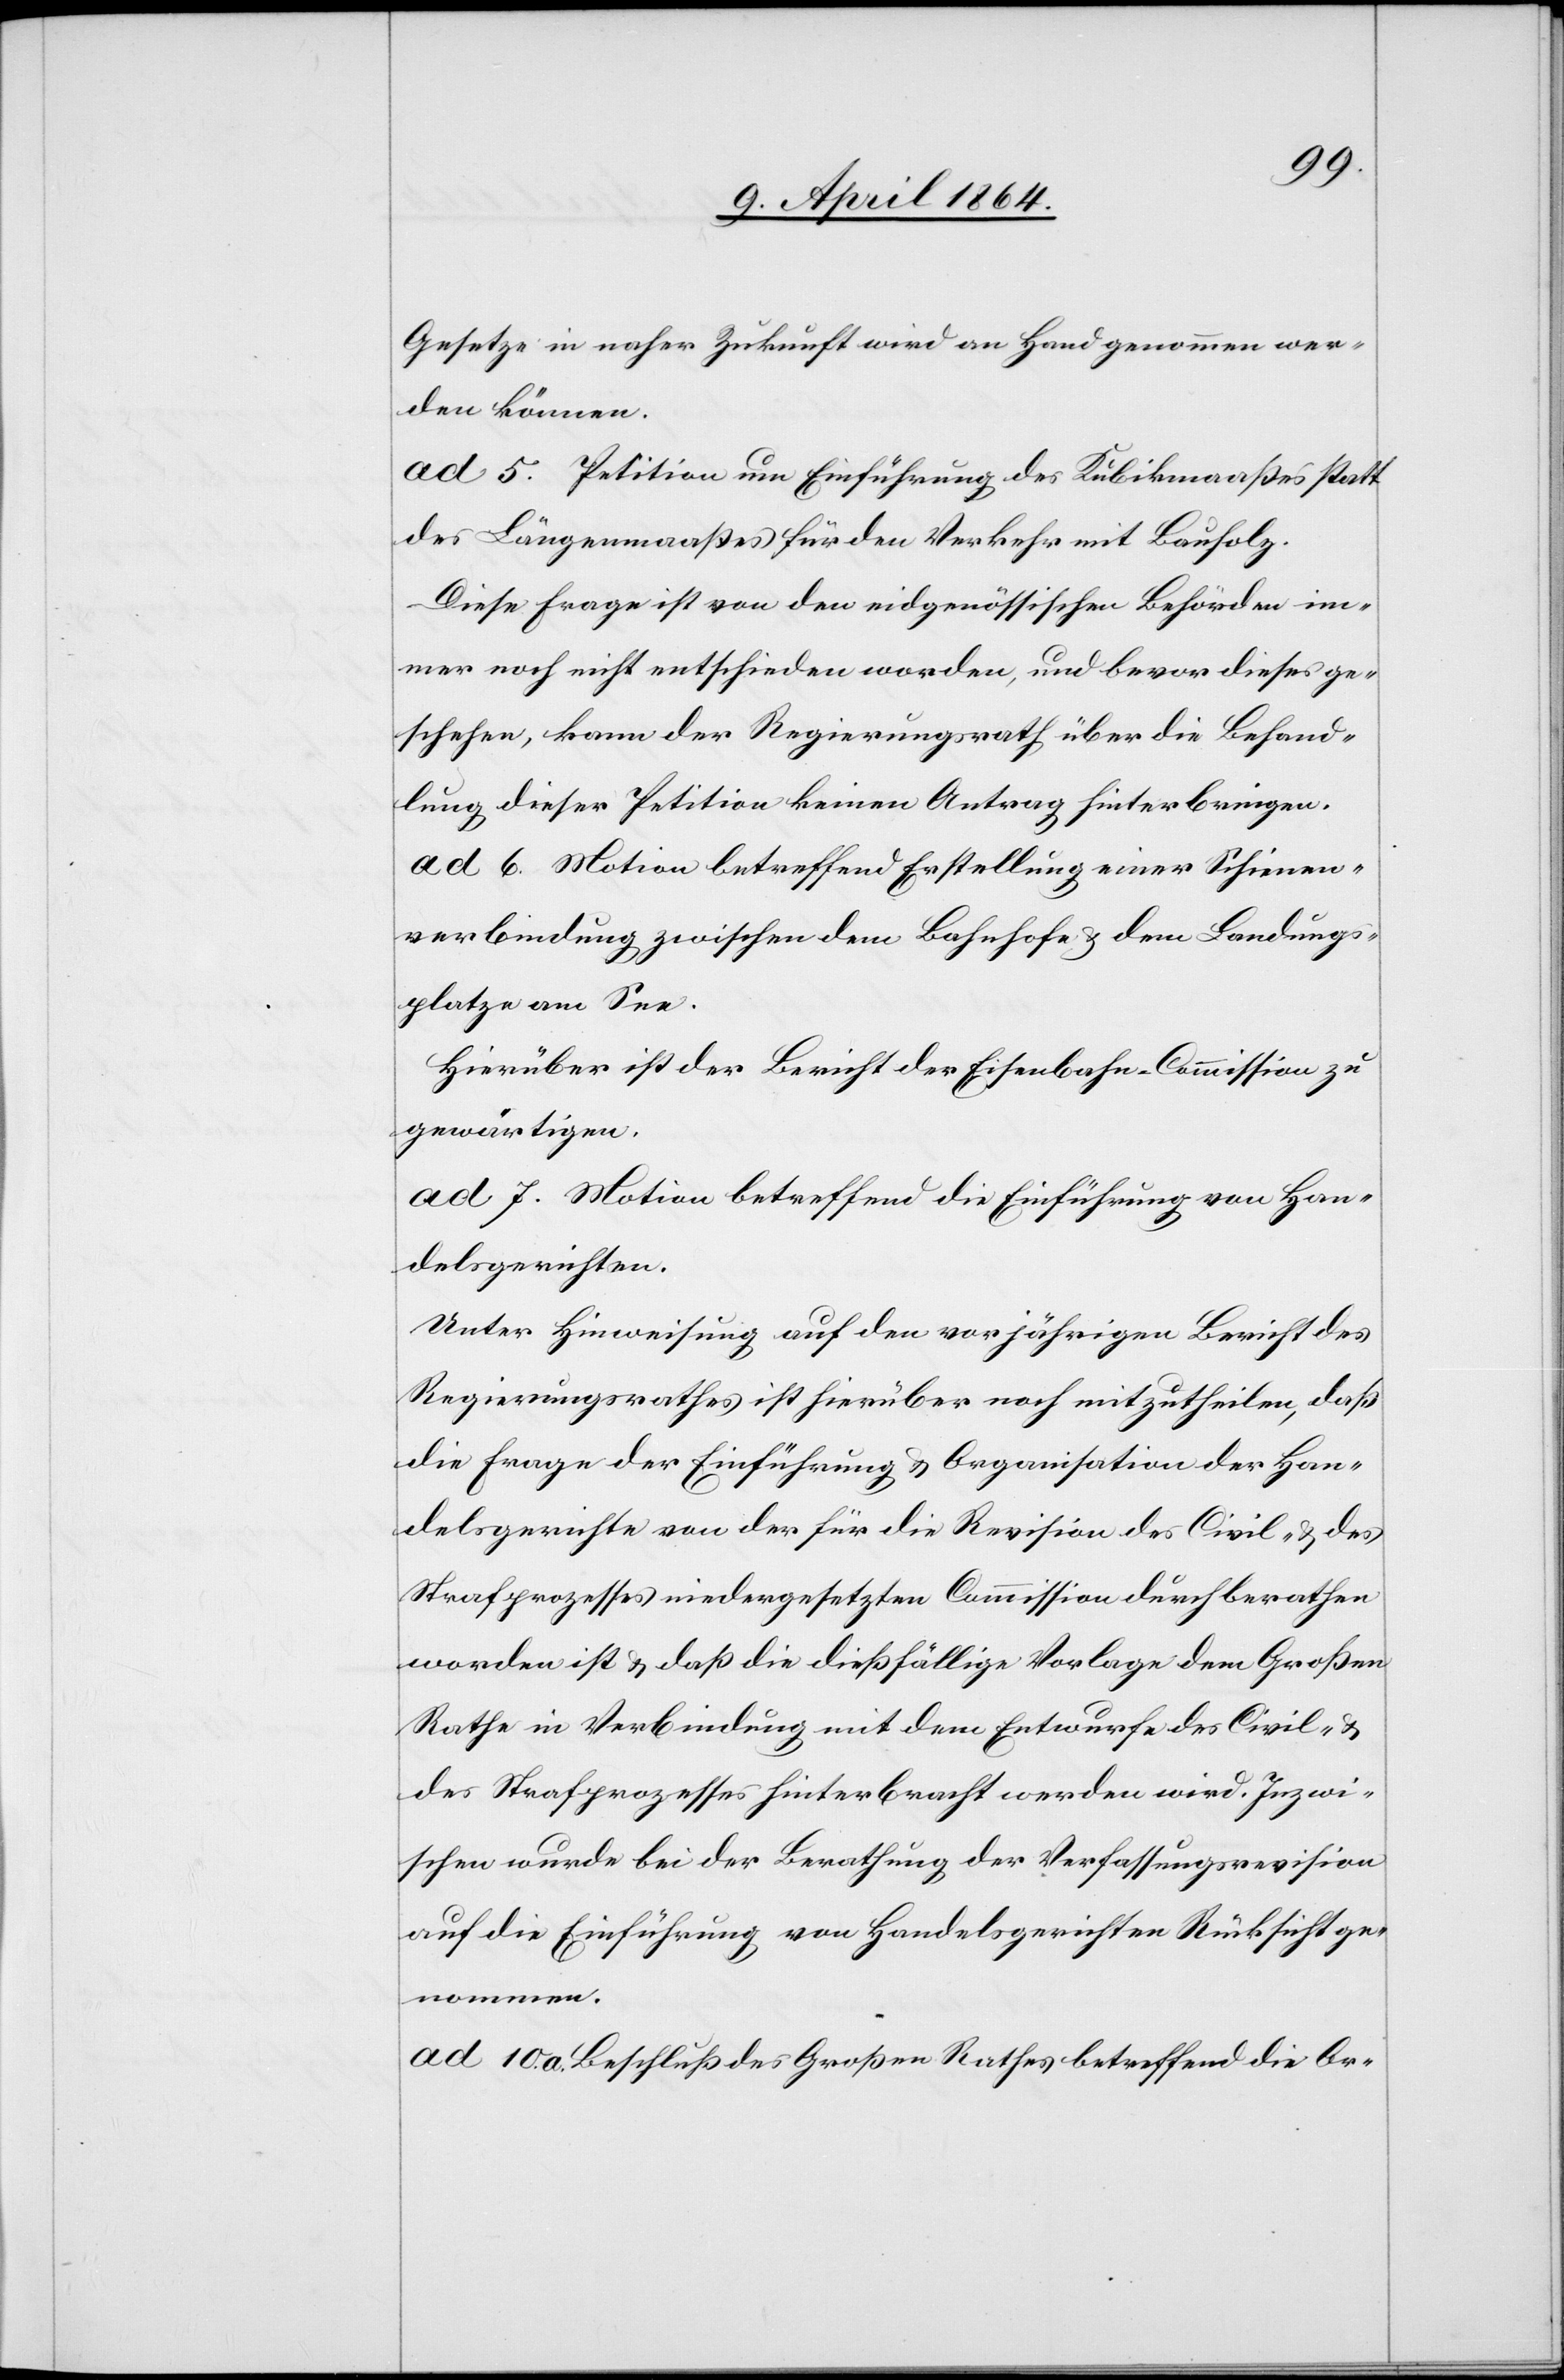
Gesetze in naher Zukunft wird an Hand genommen wer¬
den können.
ad 5. Petition um Einführung des Kubikmaaßes statt
des Längenmaaßes für den Verkehr mit Bauholz.
Diese Frage ist von den eidgenössischen Behörden im¬
mer noch nicht entschieden worden, und bevor diese ge¬
schehen, kann der Regierungsrath über die Behand¬
lung dieser Petition keinen Antrag hinterbringen.
ad 6. Motion betreffend Erstellung einer Schienen¬
verbindung zwischen dem Bahnhofe u. dem Landungs¬
platze am See.
Hierüber ist der Bericht der Eisenbahn-Commission zu
gewärtigen.
ad 7. Motion betreffend die Einführung von Han¬
delsgerichten.
Unter Hinweisung auf den vorjährigen Bericht des
Regierungsrathes ist hierüber noch mitzutheilen, daß
die Frage der Einführung u. Organisation der Han¬
delsgerichte von der für die Revision des Civil- u. des
Strafprozesses niedergesetzten Commission durchberathen
worden ist u. daß die dießfällige Vorlage dem Großen
Rathe in Verbindung mit dem Entwurfe des Civil- u.
des Strafprozesses hinterbracht werden wird. Inzwi¬
schen wurde bei der Berathung der Verfassungsrevision
auf die Einführung von Handelsgerichten Rücksicht ge¬
nommen.
ad 10. a. Beschluß des Großen Rathes betreffend die Or-